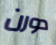
دورن